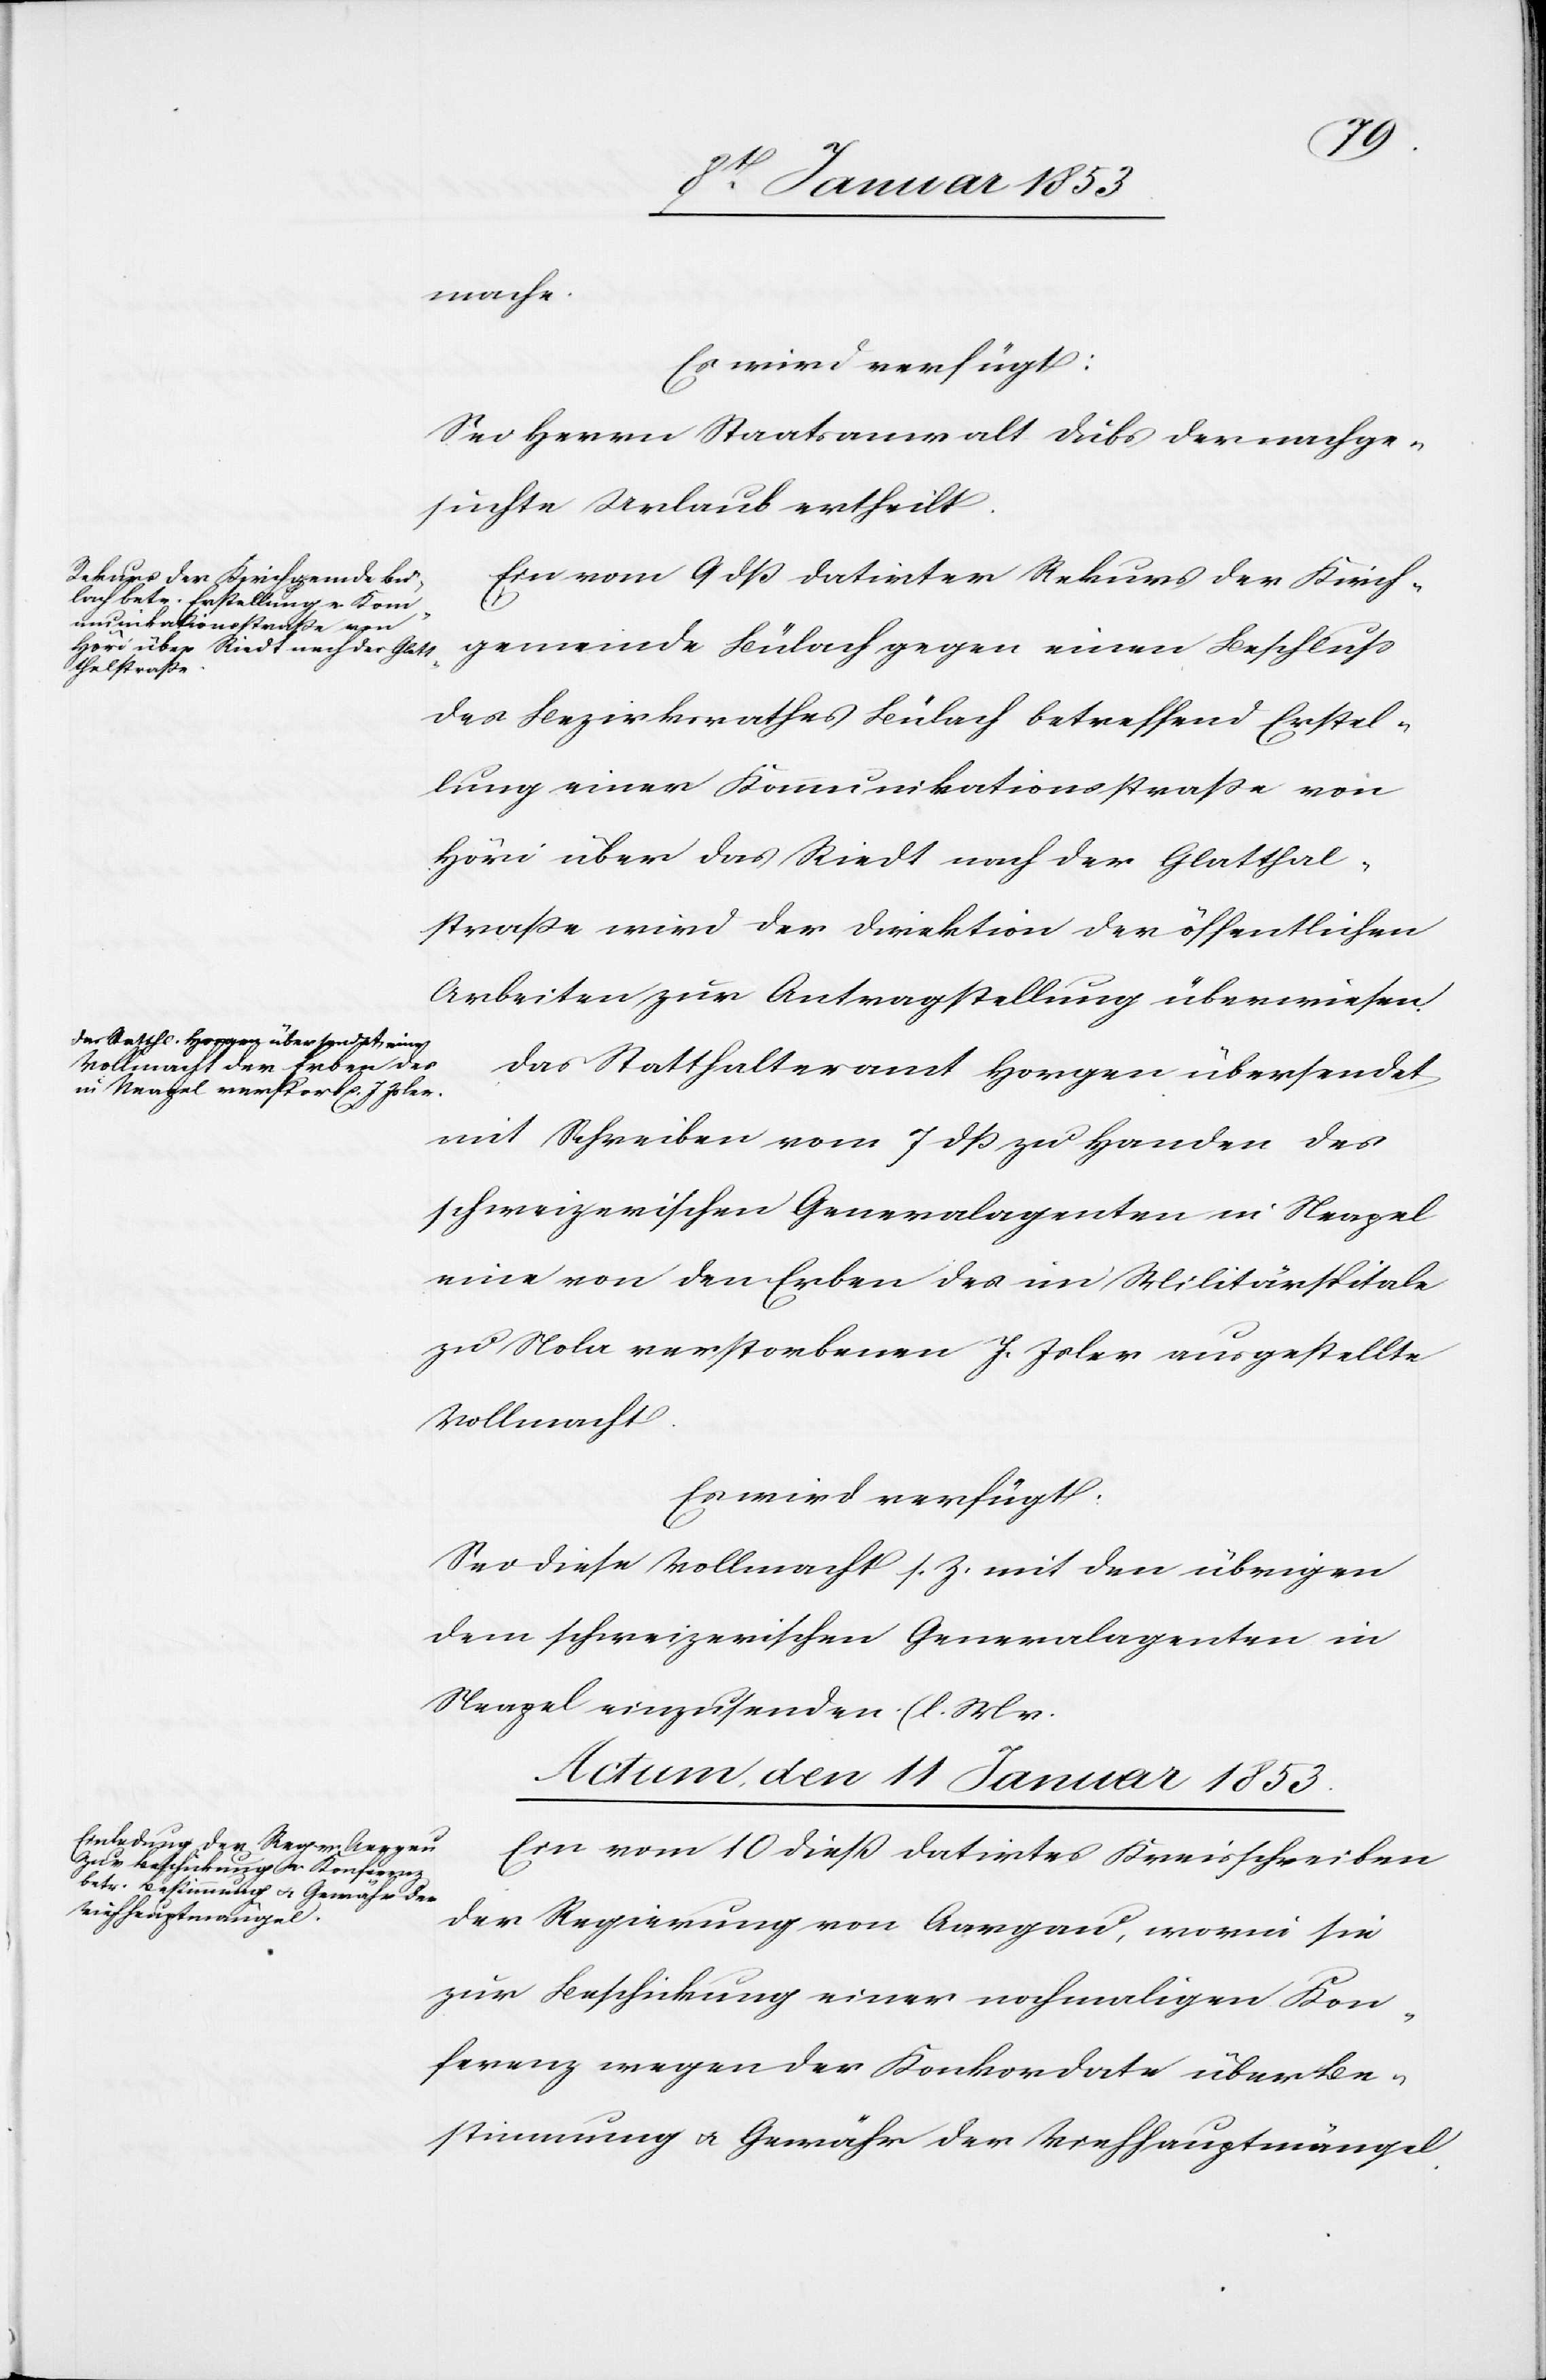
mache.
Es wird verfügt:
Sei Herrn Staatsanwalt Dubs der nachge¬
suchte Urlaub ertheilt.
Ein vom 9 dß. datirter Rekurs der Kirch¬
gemeinde Bülach gegen einen Beschluß
des Bezirksrathes Bülach betreffend Erstel¬
lung einer Kommunikationsstraße von
Höri über das Riedt nach der Glatthal¬
strasse wird der Direktion der öffentlichen
Arbeiten zur Antragstellung überwiesen.
Das Statthalteramt Horgen übersendet
mit Schreiben vom 7 dß zu Handen des
schweizerischen Generalagenten in Neapel
eine von den Erben des im Militärspitale
zu Nola verstorbenen J. Isler ausgestellte
Vollmacht.
Es wird verfügt.
Sei diese Vollmacht s. Z. mit den übrigen
dem schweizerischen Generalagenten in
Neapel einzusenden. (l. M.
Actum, den 11 Januar 1853.
Ein vom 10 dieß datirtes Kreisschreiben
der Regierung von Aargau, worin sie
zur Beschickung einer nochmaligen Kon¬
ferenz wegen der Konkordate über Be¬
stimmung u. Gewähr der Viehhauptmängel